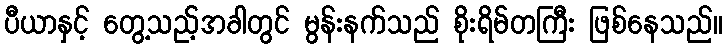
ပီယာနှင့် တွေ့သည့်အခါတွင် မွန်းနက်သည် စိုးရိမ်တကြီး ဖြစ်နေသည်။